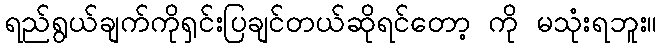
ရည်ရွယ်ချက်ကိုရှင်းပြချင်တယ်ဆိုရင်တော့ ကို မသုံးရဘူး။